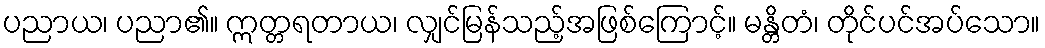
ပညာယ၊ ပညာ၏။ ဣတ္တရတာယ၊ လျှင်မြန်သည့်အဖြစ်ကြောင့်။ မန္တိတံ၊ တိုင်ပင်အပ်သော။